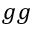
g g